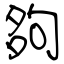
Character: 夠